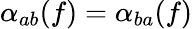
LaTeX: \alpha_{ab}(f)=\alpha_{ba}(f)